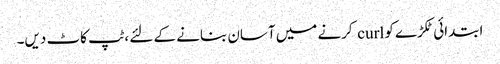
ابتدائی ٹکڑے کو curl کرنے میں آسان بنانے کے لئے ، ٹپ کاٹ دیں۔